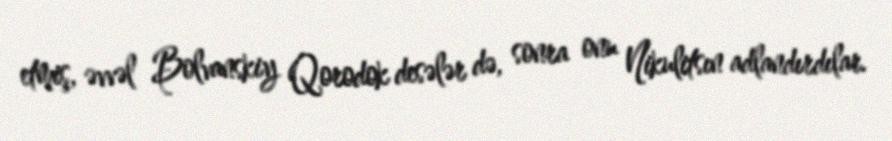
etmiş, əvvəl Bolvanskiy Qorodok desələr də, sonra onu Nikulitsın adlandırdılar.